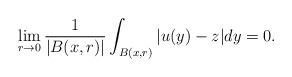
LaTeX: \begin{align*}\lim_{r\to 0}\frac{1}{|B(x,r)|}\int_{B(x,r)}|u(y)-z|dy=0.\end{align*}